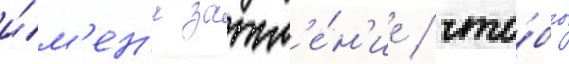
и́м'ен'и затм'е́н'ие / что́бы